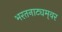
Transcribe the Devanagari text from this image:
भरतनाट्यम्‌वर